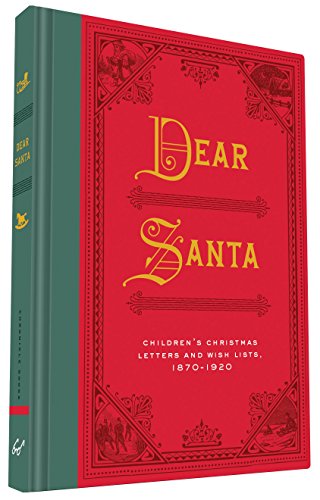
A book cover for Dear Santa: Children's Christmas Letters and Wish Lists, 1870 - 1920; Chronicle Books; Literature & Fiction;